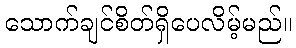
သောက်ချင်စိတ်ရှိပေလိမ့်မည်။